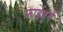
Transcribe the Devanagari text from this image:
फ्राईबुर्ग